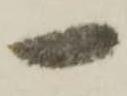
一